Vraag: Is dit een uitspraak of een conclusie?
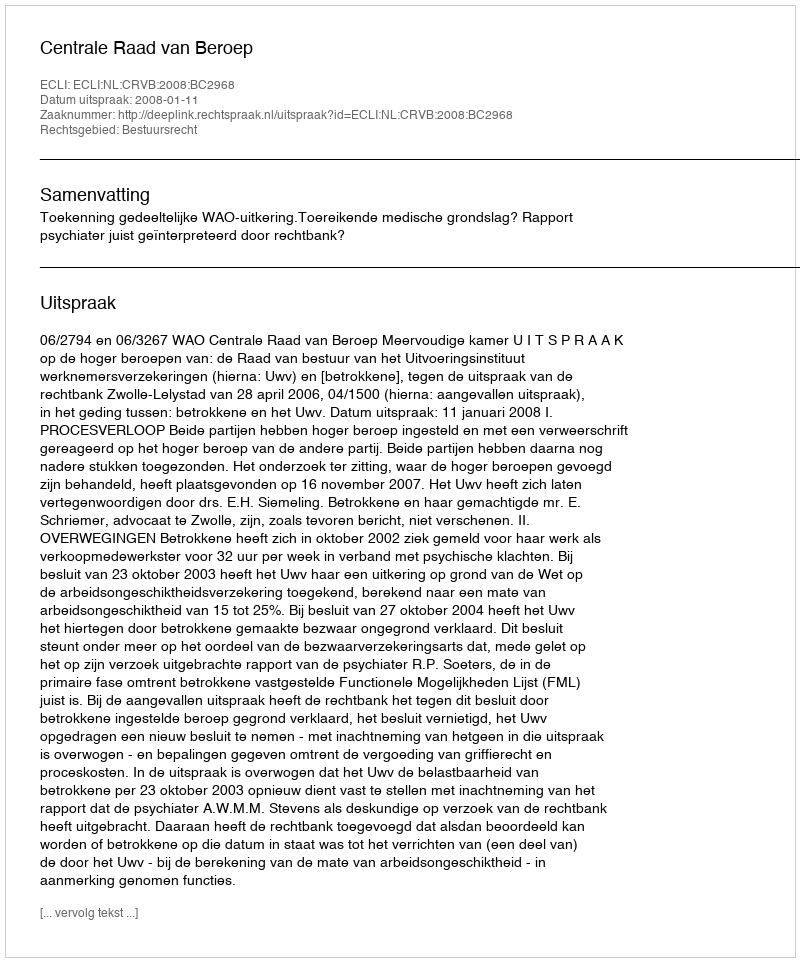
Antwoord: Uitspraak